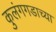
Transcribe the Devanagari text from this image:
कुलंगगडाच्या